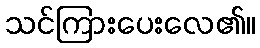
သင်ကြားပေးလေ၏။